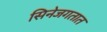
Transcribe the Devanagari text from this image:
सिनेजगतात